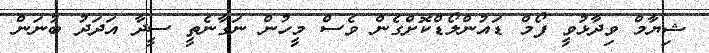
ޝިޔާމް ވިދާޅުވީ ފޯމް ޑައުންލޯޑްކޮށްގެން ވެސް މީހުން ނަގާނެތީ ސީދާ އަދަދު ބުނަން